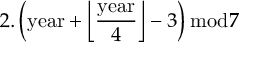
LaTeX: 2 . \left( { \mathrm { y e a r } } + { \Big \lfloor } { \frac { \mathrm { y e a r } } { 4 } } { \Big \rfloor } - 3 \right) { \bmod { 7 } }